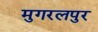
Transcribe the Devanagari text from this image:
मुगरलपुर